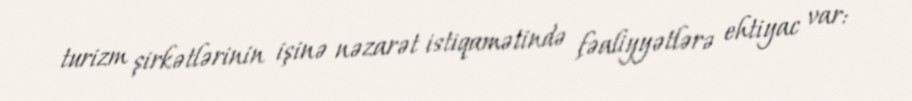
turizm şirkətlərinin işinə nəzarət istiqamətində fəaliyyətlərə ehtiyac var: